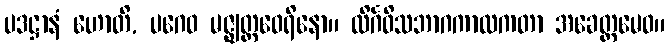
ပဒဋ္ဌာနံ ဟောတိ, ပဂေဝ မဇ္ဈတ္တဝေရိနော။ လိင်္ဂဝိသဘာဂကာလကတာ အခေတ္တမေဝ။